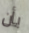
بأن